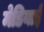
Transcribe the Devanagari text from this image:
मेडियाई